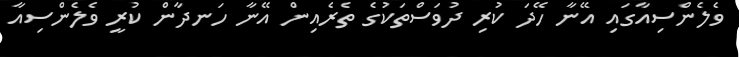
ވެލެންސިއާގައި އޭނާ ހޭދަ ކުރި ދުވަސްތަކުގެ ތެރެއިން އޭނާ ހަނދާން ކުރީ ވެލެންސިއާ